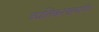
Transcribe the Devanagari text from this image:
व्यतिकरणमापी।